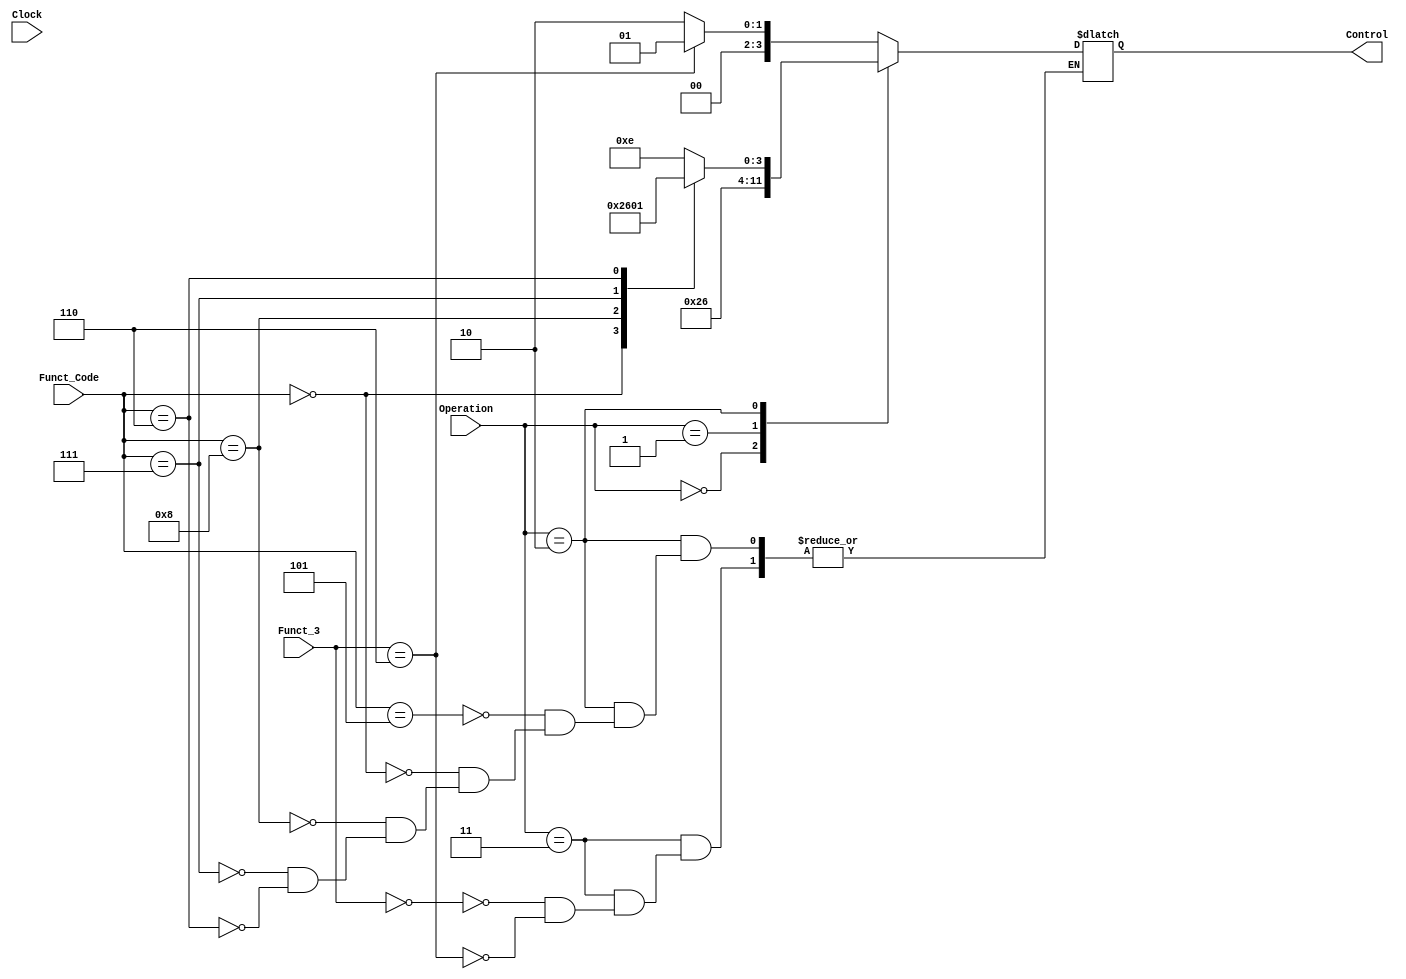
module ALUControl(Operation, Funct_Code, Control,Clock,Funct_3);//Recebe a Operacao ALU alem de um codigo de funcao determinado[bit 30 + 12 ao 14]
    input [1:0] Operation;
    input [3:0] Funct_Code;
	input[2:0] Funct_3;
    output reg [3:0] Control;
	
	input Clock;
    always @(*) begin
        case (Operation)
			2'b11:
			case(Funct_3)
				3'b000:
				Control = 4'b0010;
				3'b110:
				Control = 4'b0001;

			endcase


            2'b00: Control = 4'b0010; //Load e Store
            2'b01: Control = 4'b0110; //Beq
            2'b10: begin //R
               case(Funct_Code)
			4'b0101:
			 Control = 4'b1110; //Srl
			4'b0000:
			begin
				Control = 4'b0010; //Add
			end
			
			4'b1000:
			begin
				Control = 4'b0110; //Sub
			end
			
			4'b0111:
			begin
				Control = 4'b0000; //And
			end
			
			4'b0110:
			begin
				Control = 4'b0001; //Or
			end
	
		endcase	
            end
            default: Control = 4'b1111; // Ilegal
        endcase

	//$display("**%b-%b-%b",Operation,Funct_Code,Control);

    end
endmodule